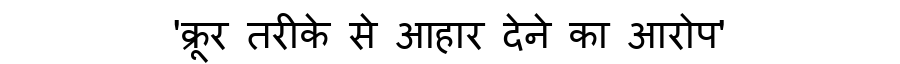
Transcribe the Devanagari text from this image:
'क्रूर तरीके से आहार देने का आरोप'